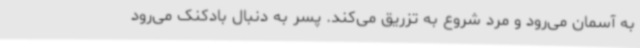
به آسمان می‌رود و مرد شروع به تزریق می‌کند. پسر به دنبال بادکنک می‌رود